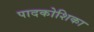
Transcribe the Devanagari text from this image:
पादकोशिका